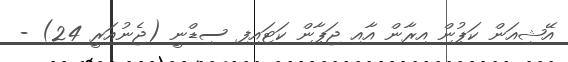
އޭޝިއަން ކަޕުން އިރާން އާއި ޖަޕާން ކަޓައިފި ސިޑްނީ (ޖެނުއަރީ 24) -